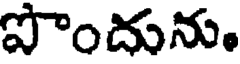
పొందును.